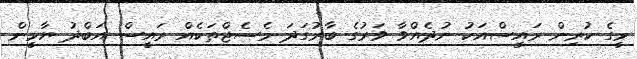
މީގެ ކުރިން ރައީސްއަކު ނުދެއްވާ ވަރުގެ ބާރުގަދަ މެސެޖްތަކެއް ރައީސް އަބްދު ޔާމީން